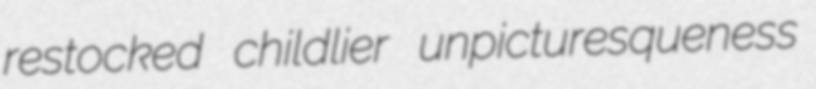
restocked childlier unpicturesqueness